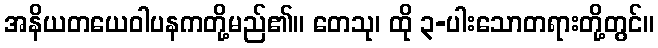
အနိယတယေဝါပနကတို့မည်၏။ တေသု၊ ထို ၃-ပါးသောတရားတို့တွင်။